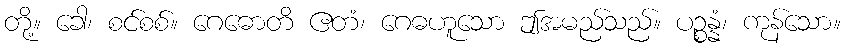
တို့။ ခေါ၊ စင်စစ်။ ဂေဓောတိ ဧတံ၊ ဂေဓဟူသော ဤအမည်သည်။ ပဉ္စန္နံ၊ ကုန်သော။